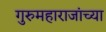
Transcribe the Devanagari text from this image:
गुरुमहाराजांच्या